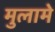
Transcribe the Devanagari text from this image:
मुलामे